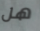
هل